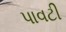
પાવટી